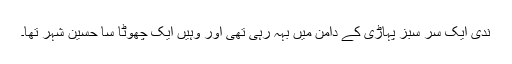
ندی ایک سر سبز پہاڑی کے دامن میں بہہ رہی تھی اور وہیں ایک چھوٹا سا حسین شہر تھا۔